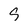
Character: s